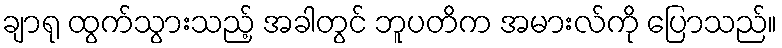
ချာရု ထွက်သွားသည့် အခါတွင် ဘူပတိက အမားလ်ကို ပြောသည်။